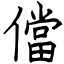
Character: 儅